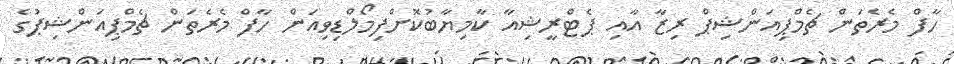
ހާފް މެރެތަން ޗެމްޕިއަންޝިޕް ރިޒާ އާއި ޕެޓްރީޝިއާ ކާމިޔާބުކޮށްފިމޯލްޑިވިއަން ހާފް މެރެތަން ޗެމްޕިއަންޝިޕުގެ